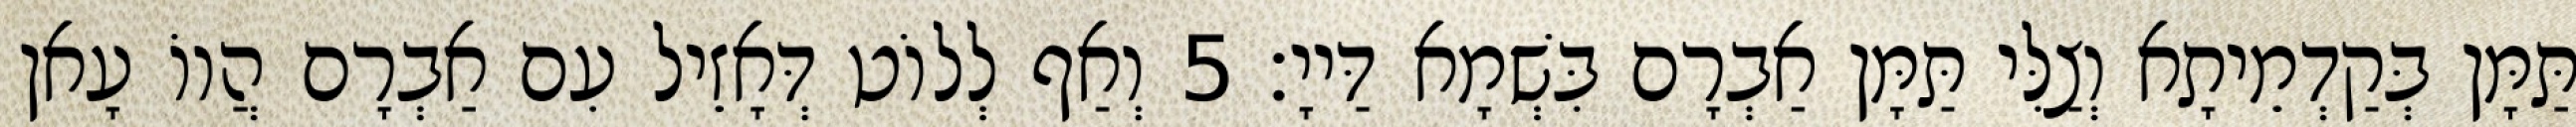
תַּמָּן בְּקַדְמֵיתָא וְצַלִּי תַּמָּן אַבְרָם בִּשְׁמָא דַּייָ׃ 5 וְאַף לְלוֹט דְּאָזֵיל עִם אַבְרָם הֲווֹ עָאן